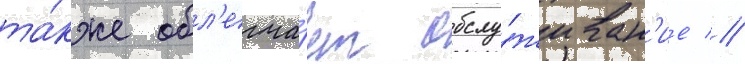
та́кже обл'егча́ет обслу́живан'ие //